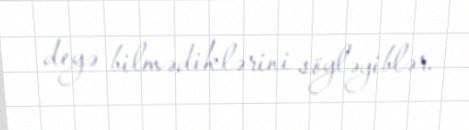
deyə bilmədiklərini söyləyiblər.